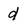
Character: d